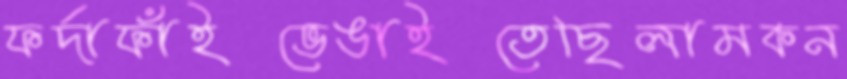
ফর্দাফাঁইভেঙাইতেছিলামকন